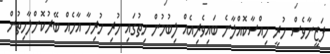
ފަޒީނާވެސް ހުރީ ހިއްސާކޮއްލާނެ ބައިވެރިއެއް ލިބުމުން ހިތުގައި ހުރި ހުރިހާ އާހެއް ބޭރުކޮށްލާހިތުން